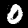
Digit: 0